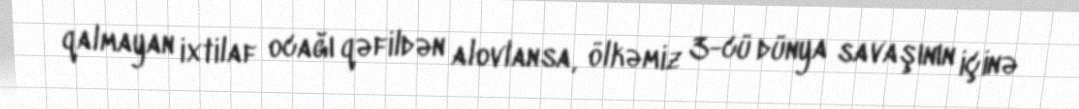
qalmayan ixtilaf ocağı qəfildən alovlansa, ölkəmiz 3-cü dünya savaşının içinə